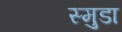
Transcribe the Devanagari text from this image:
स्मुडा